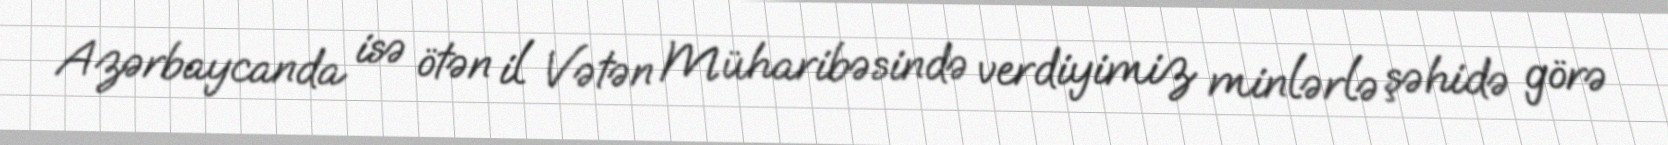
Azərbaycanda isə ötən il Vətən Müharibəsində verdiyimiz minlərlə şəhidə görə